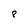
Character: 8